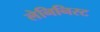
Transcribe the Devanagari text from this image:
लेनिनिस्ट